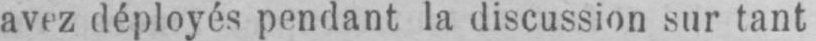
avez déployés pendant la discussion sur tant